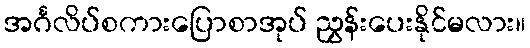
အင်္ဂလိပ်စကားပြောစာအုပ် ညွှန်းပေးနိုင်မလား။